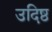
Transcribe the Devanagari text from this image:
उदिष्ठ